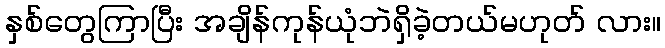
နှစ်တွေကြာပြီး အချိန်ကုန်ယုံဘဲရှိခဲ့တယ်မဟုတ် လား။